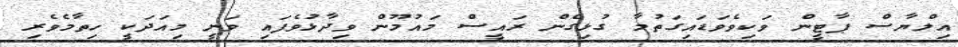
އިލްޔާސް ޕާޓީން ވަކިވެވަޑައިގަތުމާ ގުޅިގެން ރައީސް މައުމޫން ވިދާޅުވެފައި ވަނީ މިއަދަކީ ހިތާމެވެރި